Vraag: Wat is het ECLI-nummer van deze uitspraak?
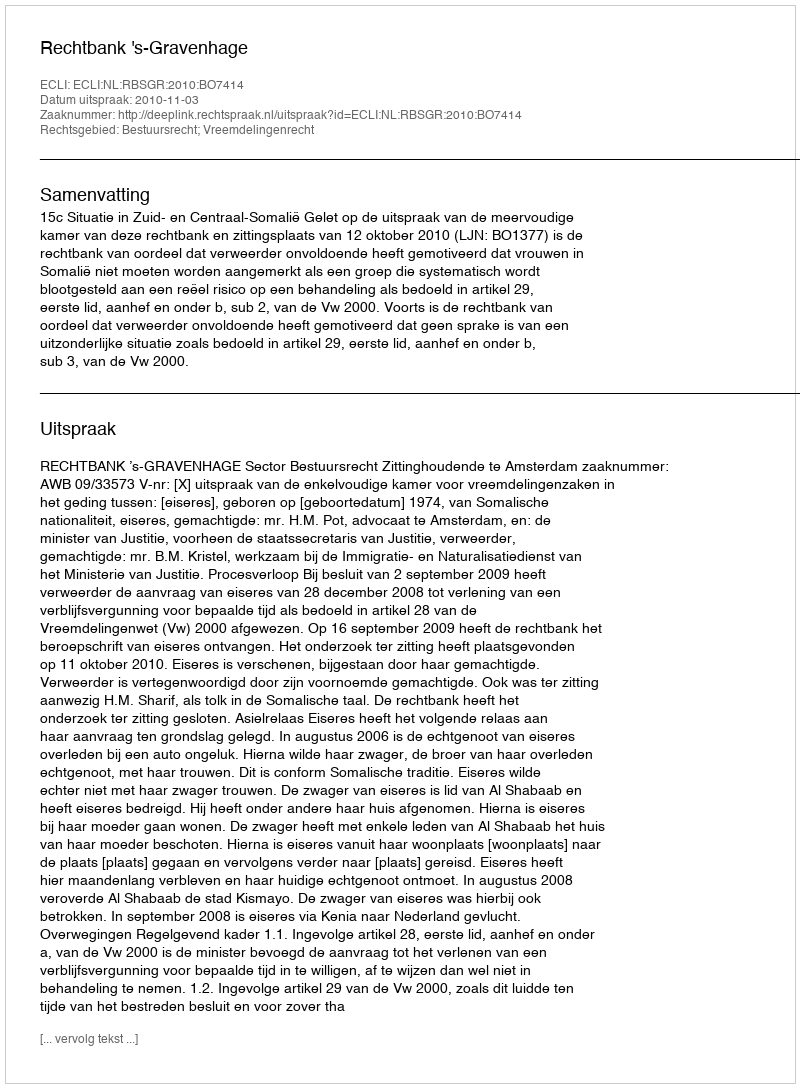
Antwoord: ECLI:NL:RBSGR:2010:BO7414